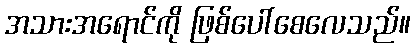
အသားအရောင်ကို ဖြစ်ပေါ်စေလေသည်။